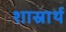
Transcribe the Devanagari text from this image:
शास्रार्थ